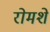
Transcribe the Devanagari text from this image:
रोमशे